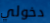
دخولي